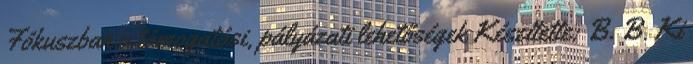
Fókuszban a támogatási, pályázati lehetőségek Készítette: B. B. Ki